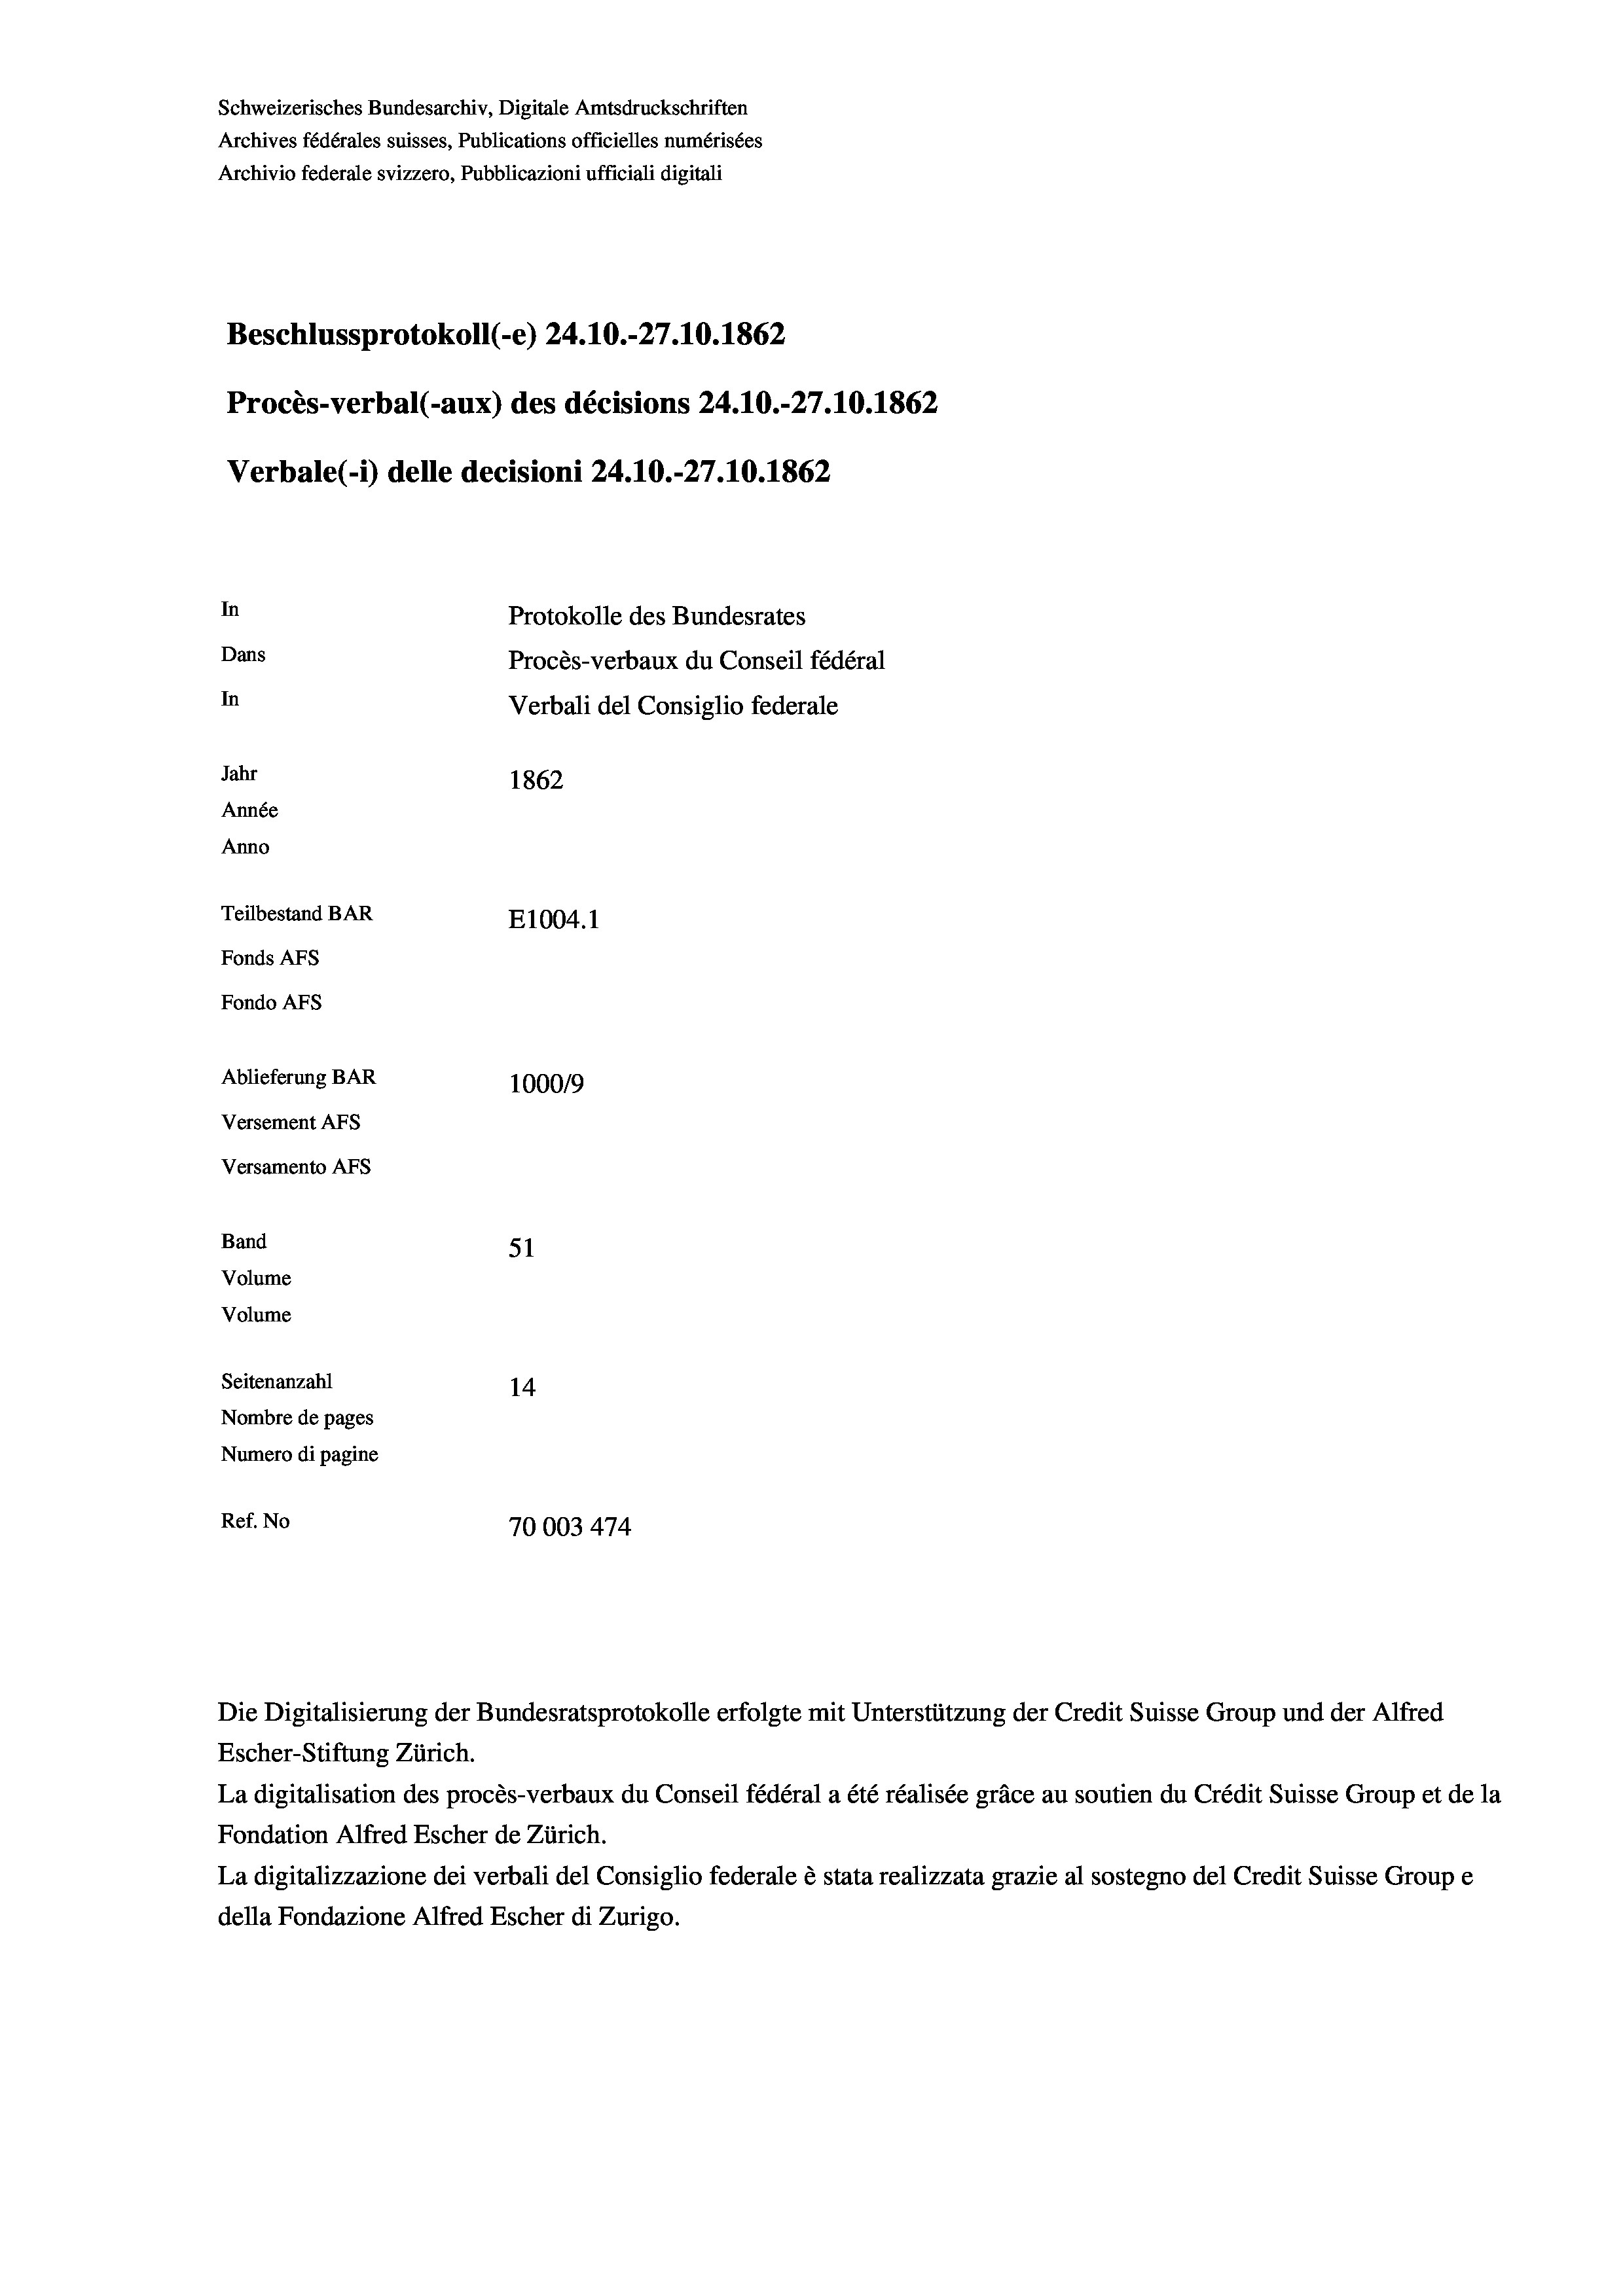
Beschlussprotokoll (-e) 24.10.-27.10. 1862
In
Protokolle des Bundesrates
Dans
Procès-verbaux du Conseil fédéral
In
Verbali del Consiglio federale
Jahr
1862
Année
Anno
Teilbestand BAR
E1004. 1
Fonds AFs
Fondo AFs

Ablieferung BAR
Versement AFs
Versamento AFs
Band
Volume
Volume
Seitenanzahl

Schweizerisches Bundesarchiv, Digitale Amtsdruckschriften
Archives fédérales suisses, Publications officielles numérisées
Archivio federale svizzero, Pubblicazioni ufficiali digitali

Procès-verbal (-aux) des décisions 24.10.-27.10.1862
Verbale(-*) delle decisioni 24.10.-27.10.1862

100019
51
14
Nombre de pages
Numero di pagine
Ref. No
70003 474

Escher-Stiftung Zürich.
La digitalisation des procès-verbaux du Conseil fédéral a été réalisée gräce au soutien du Crédit Suisse Group et de la
Fondation Alfred Escher de Zürich.
La digitalizzazione dei verbali del Consiglio federale è stata realizzata grazie al sostegno del Credit Suisse Groupe
della Fondazione Alfred Escher di Zurigo.

Die Digitalisierung der Bundesratsprotokolle erfolgte mit Unterstützung der Credit Suisse Group und der Alfred